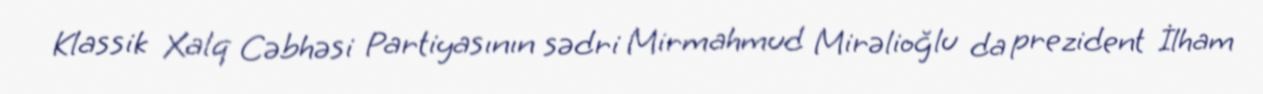
Klassik Xalq Cəbhəsi Partiyasının sədri Mirmahmud Mirəlioğlu da prezident İlham